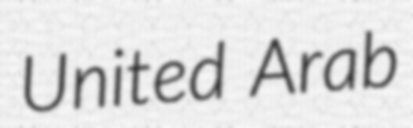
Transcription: United Arab